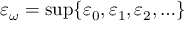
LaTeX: \varepsilon _ { \omega } = \operatorname* { s u p } \{ \varepsilon _ { 0 } , \varepsilon _ { 1 } , \varepsilon _ { 2 } , \ldots \}